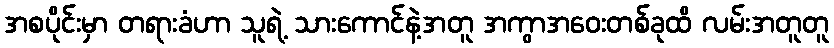
အစပိုင်းမှာ တရားခံဟာ သူရဲ့ သားကောင်နဲ့အတူ အကွာအဝေးတစ်ခုထိ လမ်းအတူတူ